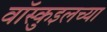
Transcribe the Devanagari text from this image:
वॉस्कुइलच्या